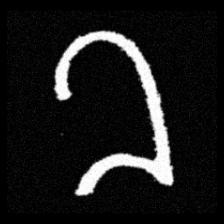
Pyu character \u2014 Myanmar letter: ခ (romanized: kha)